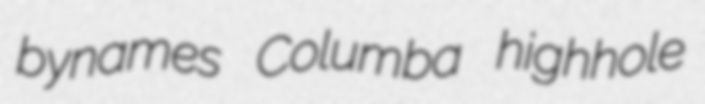
bynames Columba highhole